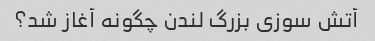
آتش سوزی بزرگ لندن چگونه آغاز شد؟